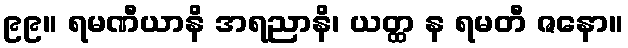
၉၉။ ရမဏီယာနိ အရညာနိ၊ ယတ္ထ န ရမတီ ဇနော။